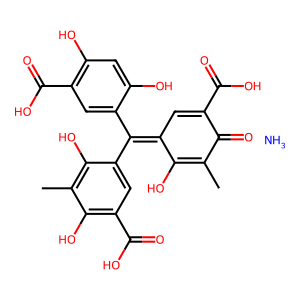
SMILES: CC1=C(O)C(=C(c2cc(C(=O)O)c(O)cc2O)c2cc(C(=O)O)c(O)c(C)c2O)C=C(C(=O)O)C1=O.N
Inhibits HIV replication: Yes